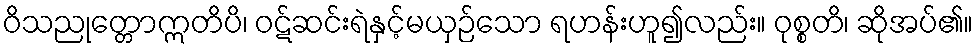
ဝိသညုတ္တောဣတိပိ၊ ဝဋ်ဆင်းရဲနှင့်မယှဉ်သော ရဟန်းဟူ၍လည်း။ ဝုစ္စတိ၊ ဆိုအပ်၏။